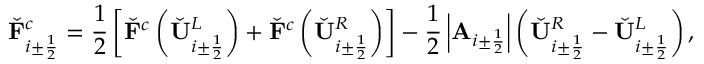
\check { \mathbf { F } } _ { i \pm \frac { 1 } { 2 } } ^ { c } = \frac { 1 } { 2 } \left[ \check { \mathbf { F } } ^ { c } \left( \check { \mathbf { U } } _ { i \pm \frac { 1 } { 2 } } ^ { L } \right) + \check { \mathbf { F } } ^ { c } \left( \check { \mathbf { U } } _ { i \pm \frac { 1 } { 2 } } ^ { R } \right) \right] - \frac { 1 } { 2 } \left| \mathbf { A } _ { i \pm \frac { 1 } { 2 } } \right| \left( \check { \mathbf { U } } _ { i \pm \frac { 1 } { 2 } } ^ { R } - \check { \mathbf { U } } _ { i \pm \frac { 1 } { 2 } } ^ { L } \right) ,